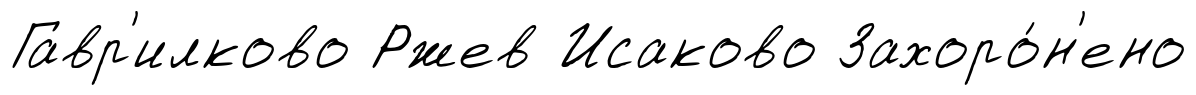
Гавр'илково Ржев Исаково Захоро́н'ено